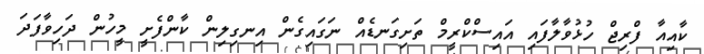
ކާއިއާ ފްރިޖް ހުޅުވާލާފައި އައިސްކްރީމް ތަށިގަނޑެއް ނަގައިގެން އިނގިލިން ކާންފެށީ މީހުން ދަހިވާފަދަ